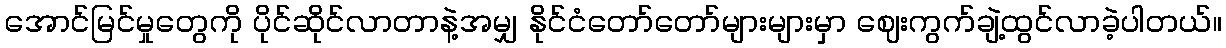
အောင်မြင်မှုတွေကို ပိုင်ဆိုင်လာတာနဲ့အမျှ နိုင်ငံတော်တော်များများမှာ ဈေးကွက်ချဲ့ထွင်လာခဲ့ပါတယ်။